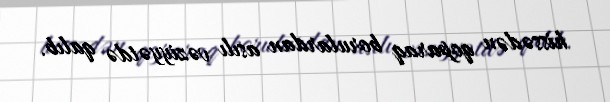
hissədən qoparaq borulardan asılı vəziyyətdə qalıb.